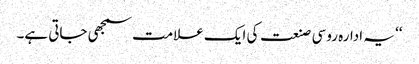
‘‘ یہ ادارہ روسی صنعت کی ایک علامت سمجھی جاتی ہے۔